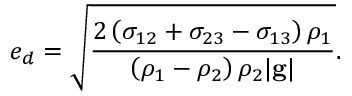
e _ { d } = \sqrt { \frac { 2 \left( \sigma _ { 1 2 } + \sigma _ { 2 3 } - \sigma _ { 1 3 } \right) \rho _ { 1 } } { \left( \rho _ { 1 } - \rho _ { 2 } \right) \rho _ { 2 } | \mathbf { g } | } } .